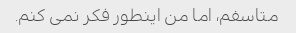
متاسفم، اما من اینطور فکر نمی کنم.